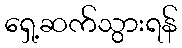
ရှေ့ဆက်သွားရန်